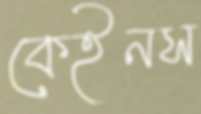
কেইনস